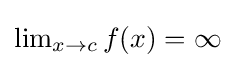
\textstyle \lim _{x\to c}f(x)=\infty